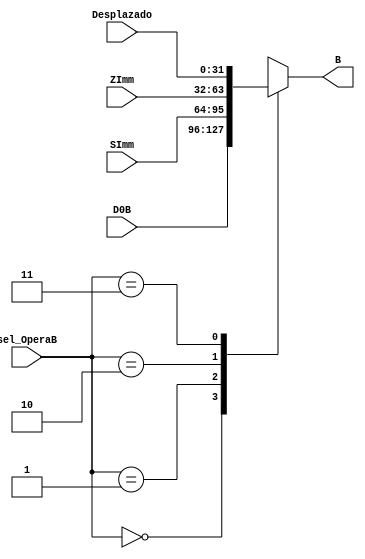
`timescale 1ns / 1ps
//////////////////////////////////////////////////////////////////////////////////
// Company: 
// Engineer: 
// 
// Design Name: 
// Module Name: Mux_OperaB
// Project Name: 
// Target Devices: 
// Tool Versions: 
// Description: 
// 
// Dependencies: 
// 
// Revision:
// Revision 0.01 - File Created
// Additional Comments:
// 
//////////////////////////////////////////////////////////////////////////////////


module Mux_OperaB(sel_OperaB,D0B,SImm,ZImm,Desplazado,B);
input [31:0]D0B,SImm,ZImm,Desplazado;
input [1:0]sel_OperaB;
output reg [31:0]B;

always @(sel_OperaB or D0B or SImm or ZImm or B)
      case(sel_OperaB)
      2'b00: B = D0B;
      2'b01: B = SImm;
      2'b10: B = ZImm;
      2'b11: B = Desplazado;
       default: B=32'b0;
      endcase
endmodule